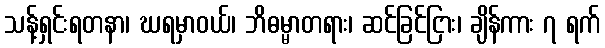
သန့်ရှင်းရတနာ၊ ဃရမှာဝယ်၊ ဘိဓမ္မာတရား၊ ဆင်ခြင်ငြား၊ ချိန်ကား ၇ ရက်